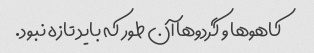
کاهو‌ها و گردو‌ها آن طور که باید تازه نبود.